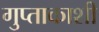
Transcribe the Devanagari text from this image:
गुप्‍ताकाशी